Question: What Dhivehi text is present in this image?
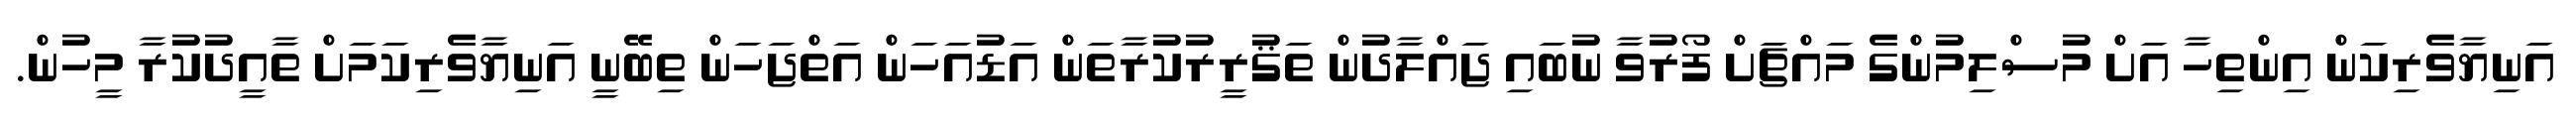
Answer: އަނިޔާވެރިކަން އިންތިހާ އަށް މުސްލިމުންގެ މައްޗަށް ފޯރުވާ ނުބައި ޖައްލާދުން ތަޤުރީރުކުރާތަން އަޑުއަހަން އަތްޖަހަން ތިބޭނީ އަނިޔާވެރިކަމަށް ތާއީދުކުރާ މީހުން.